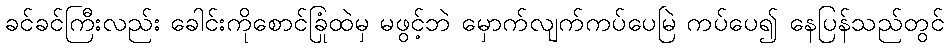
ခင်ခင်ကြီးလည်း ခေါင်းကိုစောင်ခြုံထဲမှ မဖွင့်ဘဲ မှောက်လျက်ကပ်ပေမြဲ ကပ်ပေ၍ နေပြန်သည်တွင်